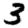
Digit: 3